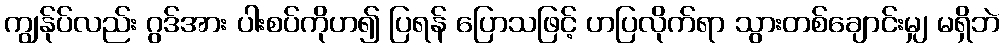
ကျွန်ုပ်လည်း ဂွဒ်အား ပါးစပ်ကိုဟ၍ ပြရန် ပြောသဖြင့် ဟပြလိုက်ရာ သွားတစ်ချောင်းမျှ မရှိဘဲ